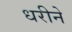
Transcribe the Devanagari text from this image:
धरीने